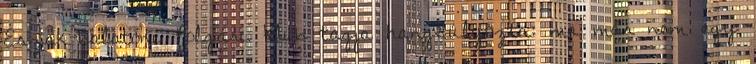
Észak-balatoni Polgári Klub tagja hangsúlyozta: ma már nem egy